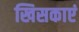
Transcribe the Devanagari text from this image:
खिसकाएं